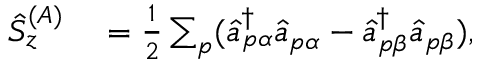
\begin{array} { r l } { \hat { S } _ { z } ^ { ( A ) } } & { { } = \frac { 1 } { 2 } \sum _ { p } ( \hat { a } _ { p \alpha } ^ { \dagger } \hat { a } _ { p \alpha } - \hat { a } _ { p \beta } ^ { \dagger } \hat { a } _ { p \beta } ) , } \end{array}